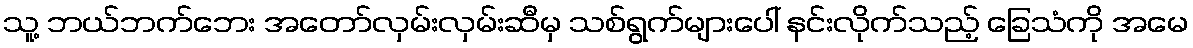
သူ့ ဘယ်ဘက်ဘေး အတော်လှမ်းလှမ်းဆီမှ သစ်ရွက်များပေါ် နင်းလိုက်သည့် ခြေသံကို အမေ